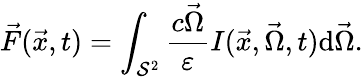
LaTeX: \vec{F}(\vec{x},t)=\int_{\mathcal{S}^{2}}\frac{c\vec{\Omega}}{\varepsilon}I(\vec{x},\vec{\Omega},t)\mathrm{d}\vec{\Omega}.